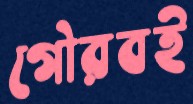
গৌরবই